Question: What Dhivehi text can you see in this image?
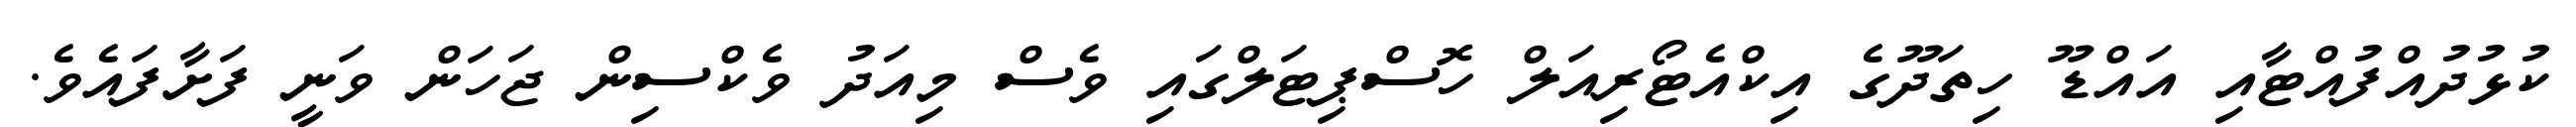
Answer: ކުޅުދުއްފުއްޓާއި އައްޑޫ ހިތަދޫގެ އިކްއެޓޯރިއަލް ހޮސްޕިޓަލްގައި ވެސް މިއަދު ވެކްސިން ޖަހަން ވަނީ ފަށާފައެވެ.